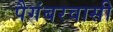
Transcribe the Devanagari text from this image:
पैगंबरवासी